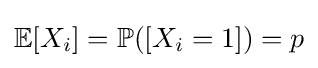
\mathbb {E} [X_{i}]=\mathbb {P} ([X_{i}=1])=p